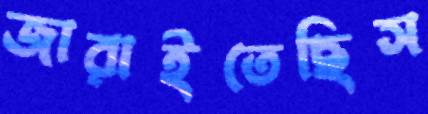
জারাইতেছিস